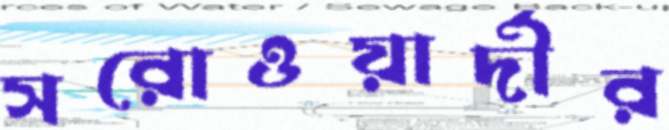
সরোওয়ার্দীর